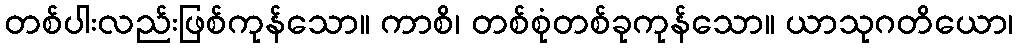
တစ်ပါးလည်းဖြစ်ကုန်သော။ ကာစိ၊ တစ်စုံတစ်ခုကုန်သော။ ယာသုဂတိယော၊